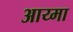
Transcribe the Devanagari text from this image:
आय्मा